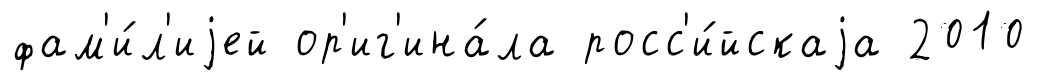
фам'и́л'иjей ор'иг'ина́ла росс'и́йскаjа 2010